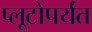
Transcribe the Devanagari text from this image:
प्लूटोपर्यंत